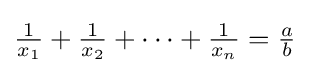
\textstyle {\frac {1}{x_{1}}}+{\frac {1}{x_{2}}}+\cdots +{\frac {1}{x_{n}}}={\frac {a}{b}}